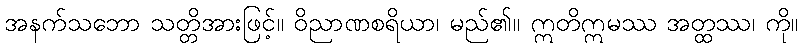
အနက်သဘော သတ္တိအားဖြင့်။ ဝိညာဏစရိယာ၊ မည်၏။ ဣတိဣမဿ အတ္ထဿ၊ ကို။